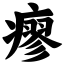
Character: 瘳